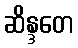
ဆိန္ဒတေ